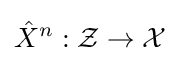
{\hat {X}}^{n}:{\mathcal {Z}}\to {\mathcal {X}}